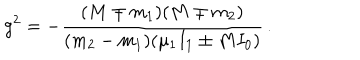
LaTeX: g ^ { 2 } = - \frac { ( M \mp m _ { 1 } ) ( M \mp m _ { 2 } ) } { ( m _ { 2 } - m _ { 1 } ) ( \mu _ { 1 } I _ { 1 } \pm M I _ { 0 } ) } \, .